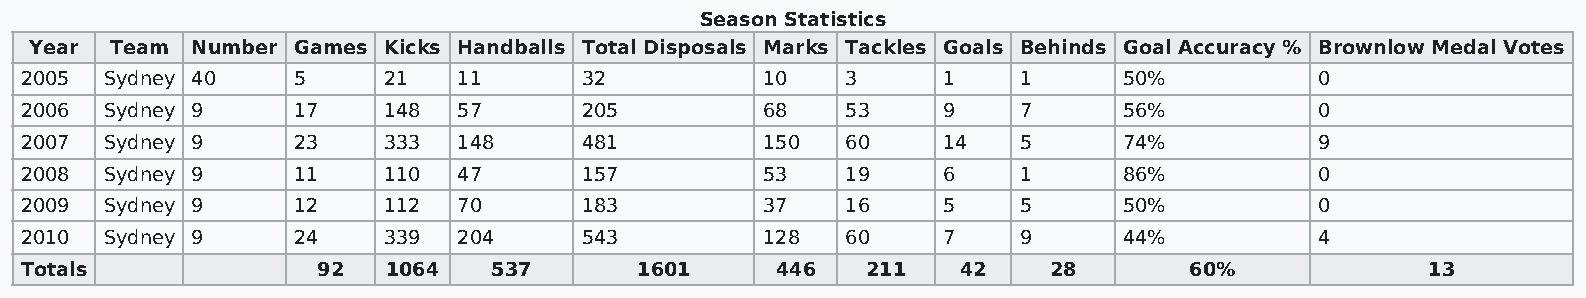
Season Statistics
 Year Team  Number Games Kicks Handballs Total Disposals Marks Tackles Goals Behinds Goal Accuracy % Brownlow Medal Votes
 2005  Sydney 40   5     21   11      32           10   3     1    1      50%          0
 2006  Sydney 9    17    148  57      205          68   53    9    7      56%          0
 2007  Sydney 9    23    333  148     481          150  60    14   5      74%          9
 2008  Sydney 9    11    110  47      157          53   19    6    1      86%          0
 2009  Sydney 9    12    112  70      183          37   16    5    5      50%          0
 2010  Sydney 9    24    339  204     543          128  60    7    9      44%          4
 Totals              92   1064   537      1601     446   211    42   28        60%             13